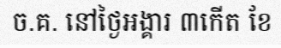
ច.គ. នៅថ្ងៃអង្គារ ៣កើត ខែ